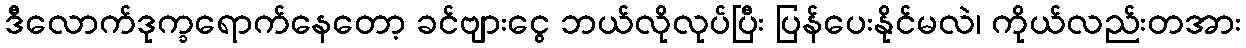
ဒီလောက်ဒုက္ခရောက်နေတော့ ခင်ဗျားငွေ ဘယ်လိုလုပ်ပြီး ပြန်ပေးနိုင်မလဲ၊ ကိုယ်လည်းတအား